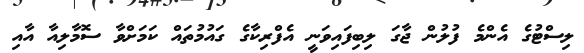
ލިސްޓުގެ އެންމެ ފުލުން ޖާގަ ލިބިފައިވަނީ އެފްރިކާގެ ގައުމުތައް ކަމަށްވާ ސޮމާލިއާ އާއި